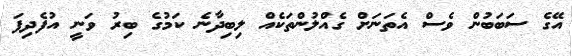
އޭގެ ސަބަބުން ވެސް އެތަނަށް ގެއްލުންތަކެއް ލިބިދާނެ ކަމުގެ ބިރު ވަނީ އުފެދިފަ